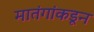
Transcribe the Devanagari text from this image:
मातंगांकडून